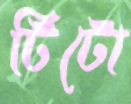
টিটো